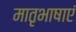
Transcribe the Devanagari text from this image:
मातृभाषाएं